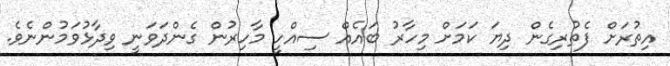
އިތުރަށް ފެތުރިގެން ދިޔަ ކަމަށް މިހާރު ބައެއް ސިއްހީ މާހިރުން ގެންދަވަނީ ވިދާޅުވަމުންނެވެ.